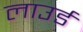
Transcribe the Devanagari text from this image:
लाउर्ड